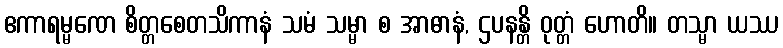
ဧကာရမ္မဏေ စိတ္တစေတသိကာနံ သမံ သမ္မာ စ အာဓာနံ, ဌပနန္တိ ဝုတ္တံ ဟောတိ။ တသ္မာ ယဿ